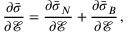
\frac { \partial \bar { \boldsymbol { \sigma } } } { \partial \mathcal { E } } = \frac { \partial \bar { \boldsymbol { \sigma } } _ { N } } { \partial \mathcal { E } } + \frac { \partial \bar { \boldsymbol { \sigma } } _ { B } } { \partial \mathcal { E } } \, ,